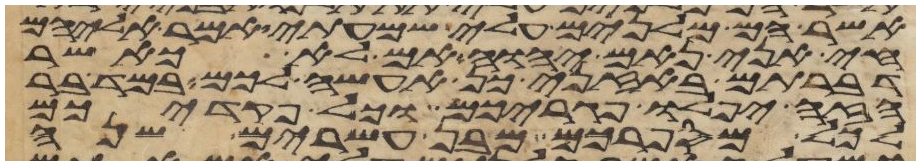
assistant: אשר הם מלנים עלי שמעתי אמר אליהם
חי אני נאם יהוה אם לא כאשר
דברתם באזני כן אעשה לכם במדבר
הזה יפלו פגריכם וכל פקדיכם
לכל מספרכם מבן עשרים שנה